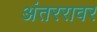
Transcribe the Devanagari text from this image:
अंतररावर